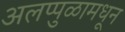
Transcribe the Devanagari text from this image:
अलप्पुळामधून